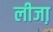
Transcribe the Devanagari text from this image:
लीजा़